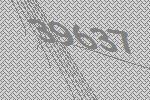
39637